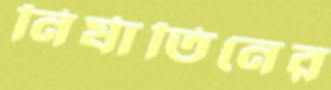
নির্যাতিনের